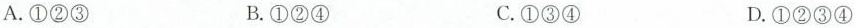
A.①②③ B.①②④ C.①③④ D.①②③④